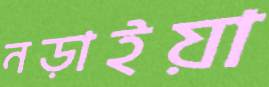
নড়াইয়া